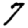
Digit: 7